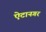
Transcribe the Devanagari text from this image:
ऐटानगर